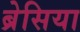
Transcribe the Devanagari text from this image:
ब्रेसिया